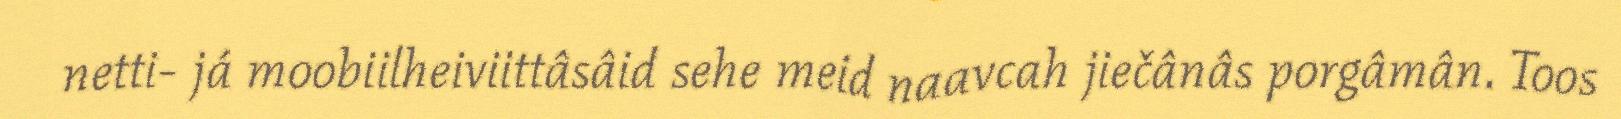
netti- já moobiilheiviittâsâid sehe meid naavcah jiečânâs porgâmân. Toos